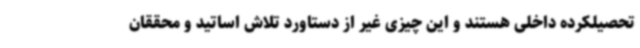
تحصیلکرده داخلی هستند و این چیزی غیر از دستاورد تلاش اساتید و محققان